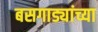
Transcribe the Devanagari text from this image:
बसगाड्यांच्या